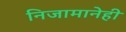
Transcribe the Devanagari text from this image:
निजामानेही